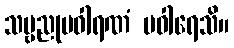
သဗ္ဗညုပဝါရဏံ ပဝါရေသိ။